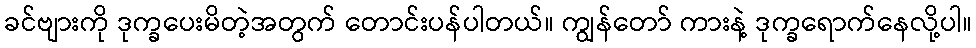
ခင်ဗျားကို ဒုက္ခပေးမိတဲ့အတွက် တောင်းပန်ပါတယ်။ ကျွန်တော် ကားနဲ့ ဒုက္ခရောက်နေလို့ပါ။